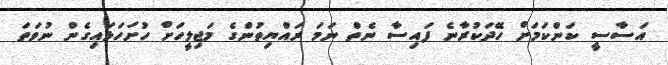
އަސާސީ ކަންކަމަށް ހޭދަކުރާނެ ފައިސާ ނެތް ނަމަ ރައްޔިތުންގެ މަޖިލީހަށް ހުށަހަޅައިގެން ނުވަތަ